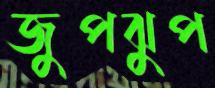
জুপঝুপ